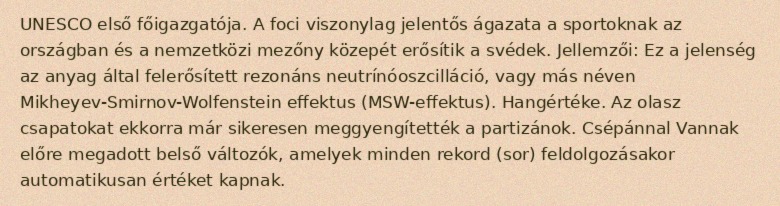
UNESCO első főigazgatója. A foci viszonylag jelentős ágazata a sportoknak az országban és a nemzetközi mezőny közepét erősítik a svédek. Jellemzői: Ez a jelenség az anyag által felerősített rezonáns neutrínóoszcilláció, vagy más néven Mikheyev-Smirnov-Wolfenstein effektus (MSW-effektus). Hangértéke. Az olasz csapatokat ekkorra már sikeresen meggyengítették a partizánok. Csépánnal Vannak előre megadott belső változók, amelyek minden rekord (sor) feldolgozásakor automatikusan értéket kapnak.